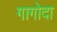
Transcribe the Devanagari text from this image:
गागोदा